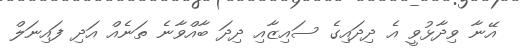
އޭނާ ވިދާޅުވީ އެ ދިދައިގެ ސައިޒާއި ދިދަ ބާއްވާނެ ތަނެއް އަދި ފައިނަލް